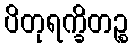
ပိတုရက္ခိတဉ္စ